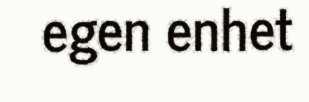
egen enhet